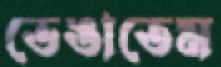
ভেঙাতেম